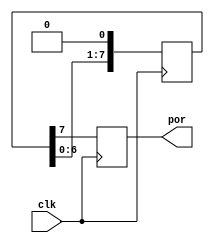
`timescale 1ns / 1ps
module FPGA_POR(
    input wire clk,
    output wire por
    );
    reg   [7:0]  reset_vec = 8'hff;
    reg   reset;

    // 8 clock cycles of active-high reset.
    always @(posedge clk) begin
        reset_vec       <= { reset_vec[6:0], 1'b0 };     
    end

    always @(posedge clk) begin
        reset       <= reset_vec[7];
    end

    assign por = reset;
endmodule